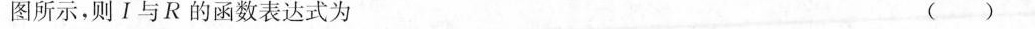
图所示，则Ⅰ与R的函数表达式为 ( )